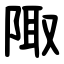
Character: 陬